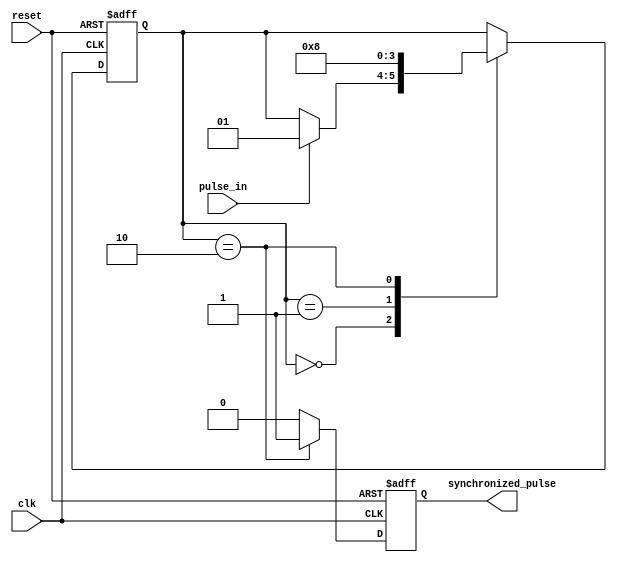
module pulse_synchronizer (
   input wire clk,
   input wire reset,
   input wire pulse_in,
   output reg synchronized_pulse
);

   reg [1:0] state;
   parameter IDLE = 2'b00;
   parameter WAIT_FOR_PULSE = 2'b01;
   parameter PULSE_DETECTED = 2'b10;

   always @ (posedge clk or posedge reset) begin
      if (reset) begin
         state <= IDLE;
         synchronized_pulse <= 0;
      end else begin
         case (state)
            IDLE: begin
               if (pulse_in) begin
                  state <= WAIT_FOR_PULSE;
               end
            end
            WAIT_FOR_PULSE: begin
               state <= PULSE_DETECTED;
            end
            PULSE_DETECTED: begin
               state <= IDLE;
            end
         endcase
         if (state == PULSE_DETECTED) begin
            synchronized_pulse <= 1;
         end else begin
            synchronized_pulse <= 0;
         end
      end
   end

endmodule